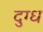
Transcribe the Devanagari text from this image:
दुग्‍ध